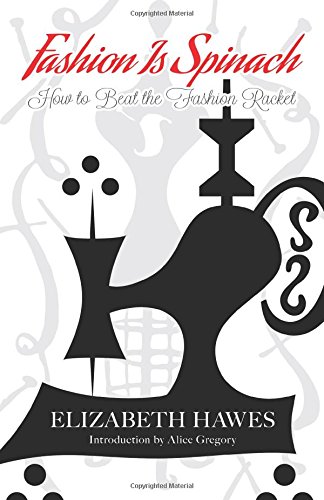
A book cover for Fashion Is Spinach: How to Beat the Fashion Racket; Elizabeth Hawes; Business & Money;